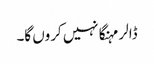
ڈالر مہنگا نہیں کروں گا۔